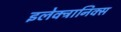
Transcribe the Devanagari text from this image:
इलेक्‍ट्रानिक्स